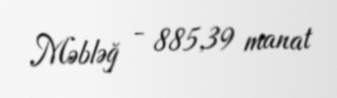
Məbləğ - 885,39 manat